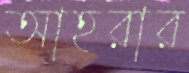
আহরার